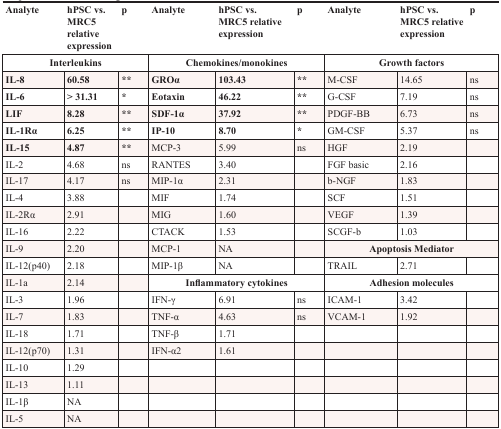
<table><thead><tr><td><b>Analyte</b></td><td><b>hPSC vs. MRC5 relative expression</b></td><td><b>p</b></td><td><b>Analyte</b></td><td><b>hPSC vs. MRC5 relative expression</b></td><td><b>p</b></td><td><b>Analyte</b></td><td><b>hPSC vs. MRC5 relative expression</b></td><td><b>p</b></td></tr></thead><tbody><tr><td colspan="3"><b>Interleukins</b></td><td colspan="3"><b>Chemokines/monokines</b></td><td colspan="3"><b>Growth factors</b></td></tr><tr><td><b>IL-8</b></td><td><b>60.58</b></td><td>**</td><td><b>GROα</b></td><td><b>103.43</b></td><td>**</td><td>M-CSF</td><td>14.65</td><td>ns</td></tr><tr><td><b>IL-6</b></td><td><b>&gt; 31.31</b></td><td>*</td><td><b>Eotaxin</b></td><td><b>46.22</b></td><td>**</td><td>G-CSF</td><td>7.19</td><td>ns</td></tr><tr><td><b>LIF</b></td><td><b>8.28</b></td><td>**</td><td><b>SDF-1α</b></td><td><b>37.92</b></td><td>**</td><td>PDGF-BB</td><td>6.73</td><td>ns</td></tr><tr><td><b>IL-1Rα</b></td><td><b>6.25</b></td><td>**</td><td><b>IP-10</b></td><td><b>8.70</b></td><td>*</td><td>GM-CSF</td><td>5.37</td><td>ns</td></tr><tr><td><b>IL-15</b></td><td><b>4.87</b></td><td>**</td><td>MCP-3</td><td>5.99</td><td>ns</td><td>HGF</td><td>2.19</td><td></td></tr><tr><td>IL-2</td><td>4.68</td><td>ns</td><td>RANTES</td><td>3.40</td><td></td><td>FGF basic</td><td>2.16</td><td></td></tr><tr><td>IL-17</td><td>4.17</td><td>ns</td><td>MIP-1α</td><td>2.31</td><td></td><td>b-NGF</td><td>1.83</td><td></td></tr><tr><td>IL-4</td><td>3.88</td><td></td><td>MIF</td><td>1.74</td><td></td><td>SCF</td><td>1.51</td><td></td></tr><tr><td>IL-2Rα</td><td>2.91</td><td></td><td>MIG</td><td>1.60</td><td></td><td>VEGF</td><td>1.39</td><td></td></tr><tr><td>IL-16</td><td>2.22</td><td></td><td>CTACK</td><td>1.53</td><td></td><td>SCGF-b</td><td>1.03</td><td></td></tr><tr><td>IL-9</td><td>2.20</td><td></td><td>MCP-1</td><td>NA</td><td></td><td colspan="3"><b>Apoptosis Mediator</b></td></tr><tr><td>IL-12(p40)</td><td>2.18</td><td></td><td>MIP-1β</td><td>NA</td><td></td><td>TRAIL</td><td>2.71</td><td></td></tr><tr><td>IL-1a</td><td>2.14</td><td></td><td colspan="3"><b>Inflammatory cytokines</b></td><td colspan="3"><b>Adhesion molecules</b></td></tr><tr><td>IL-3</td><td>1.96</td><td></td><td>IFN-γ</td><td>6.91</td><td>ns</td><td>ICAM-1</td><td>3.42</td><td></td></tr><tr><td>IL-7</td><td>1.83</td><td></td><td>TNF-α</td><td>4.63</td><td>ns</td><td>VCAM-1</td><td>1.92</td><td></td></tr><tr><td>IL-18</td><td>1.71</td><td></td><td>TNF-β</td><td>1.71</td><td></td><td></td><td></td><td></td></tr><tr><td>IL-12(p70)</td><td>1.31</td><td></td><td>IFN-α2</td><td>1.61</td><td></td><td></td><td></td><td></td></tr><tr><td>IL-10</td><td>1.29</td><td></td><td></td><td></td><td></td><td></td><td></td><td></td></tr><tr><td>IL-13</td><td>1.11</td><td></td><td></td><td></td><td></td><td></td><td></td><td></td></tr><tr><td>IL-1β</td><td>NA</td><td></td><td></td><td></td><td></td><td></td><td></td><td></td></tr><tr><td>IL-5</td><td>NA</td><td></td><td></td><td></td><td></td><td></td><td></td><td></td></tr></tbody></table>